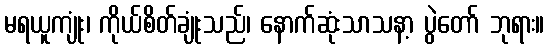
မရယူကျုံး၊ ကိုယ်စိတ်ချုံးသည်၊ နောက်ဆုံးသာသနာ့ ပွဲတော် ဘုရား။